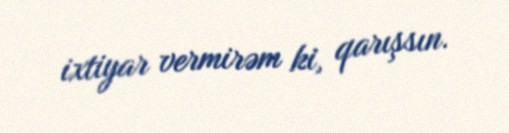
ixtiyar vermirəm ki, qarışsın.